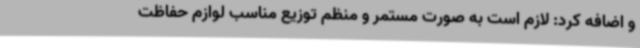
و اضافه کرد: لازم است به صورت مستمر و منظم توزیع مناسب لوازم حفاظت